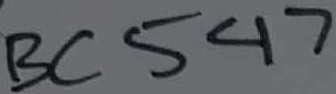
Text: BC547